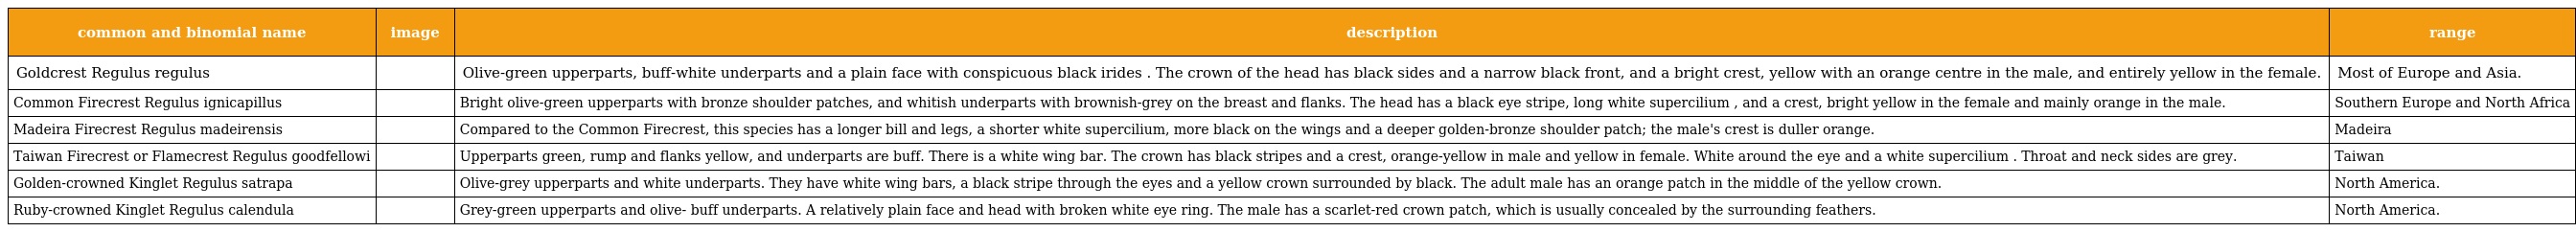
| common and binomial name | image | description | range |
 | --- | --- | --- | --- |
 | Goldcrest Regulus regulus |  | Olive-green upperparts, buff-white underparts and a plain face with conspicuous black irides . The crown of the head has black sides and a narrow black front, and a bright crest, yellow with an orange centre in the male, and entirely yellow in the female. | Most of Europe and Asia. |
 | Common Firecrest Regulus ignicapillus |  | Bright olive-green upperparts with bronze shoulder patches, and whitish underparts with brownish-grey on the breast and flanks. The head has a black eye stripe, long white supercilium , and a crest, bright yellow in the female and mainly orange in the male. | Southern Europe and North Africa |
 | Madeira Firecrest Regulus madeirensis |  | Compared to the Common Firecrest, this species has a longer bill and legs, a shorter white supercilium, more black on the wings and a deeper golden-bronze shoulder patch; the male's crest is duller orange. | Madeira |
 | Taiwan Firecrest or Flamecrest Regulus goodfellowi |  | Upperparts green, rump and flanks yellow, and underparts are buff. There is a white wing bar. The crown has black stripes and a crest, orange-yellow in male and yellow in female. White around the eye and a white supercilium . Throat and neck sides are grey. | Taiwan |
 | Golden-crowned Kinglet Regulus satrapa |  | Olive-grey upperparts and white underparts. They have white wing bars, a black stripe through the eyes and a yellow crown surrounded by black. The adult male has an orange patch in the middle of the yellow crown. | North America. |
 | Ruby-crowned Kinglet Regulus calendula |  | Grey-green upperparts and olive- buff underparts. A relatively plain face and head with broken white eye ring. The male has a scarlet-red crown patch, which is usually concealed by the surrounding feathers. | North America. |